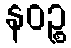
နဝဉ္စ